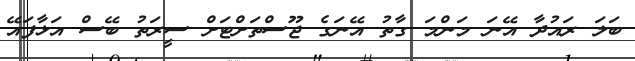
ބަލަ ރައުދާ އޭނަ މަންމަ ގާތު އޭނަގެ ޖޫސްތަށްޓަށް ސީރަތު ބޭސް އަޅާފައޭ